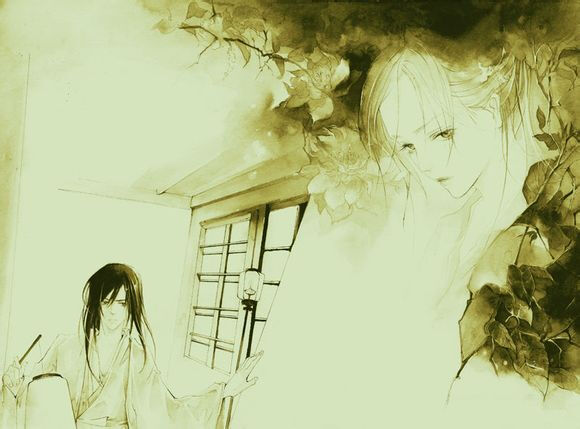
绿兮丝兮，女所治兮。我思古人，俾无訧兮！